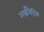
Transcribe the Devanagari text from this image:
अर्द्धवैदिक